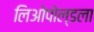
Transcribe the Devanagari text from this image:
लिओपोल्डला